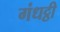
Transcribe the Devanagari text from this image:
गंधट्ठी